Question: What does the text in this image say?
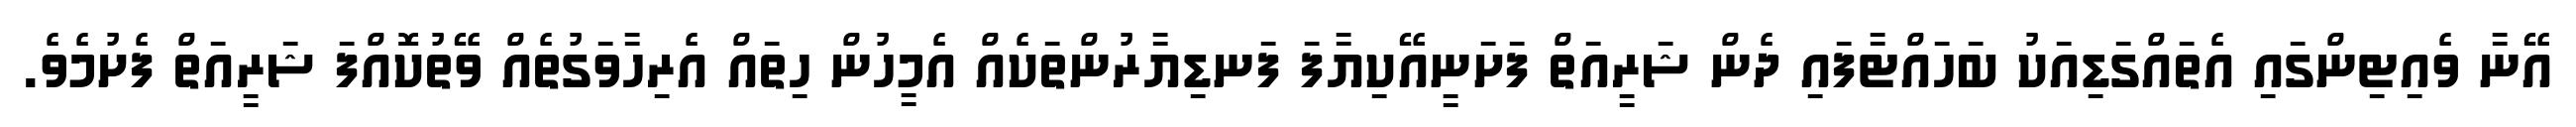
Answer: އޭނާ ވެއިޓިންގައި އެތައްގަޑިއަކު ބަހައްޓާފައި ދެން ޝަރީއަތް ފަށަނީއޭކިޔާފަ ފަނޑިޔާރުންތަކެއް އެމީހުން ހިތައް އެރިހާވަގުތެއް ވޭތުކޮއްފަ ޝަރީއަތް ފެށުމެވެ.